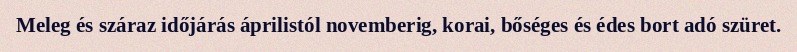
Meleg és száraz időjárás áprilistól novemberig, korai, bőséges és édes bort adó szüret.